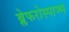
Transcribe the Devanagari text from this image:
ब्लेफरोस्पाज्म